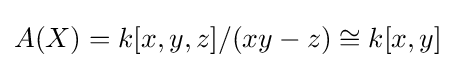
A(X)=k[x,y,z]/(xy-z)\cong k[x,y]